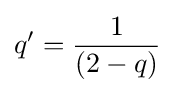
q'={1 \over (2-q)}